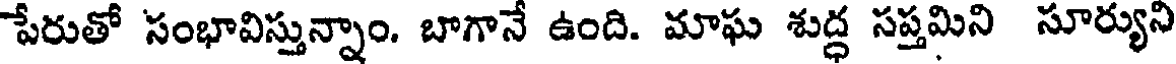
పేరుతో సంభావిస్తున్నాం. బాగానే ఉంది. మాఘ శుద్ధ సప్తమిని సూర్యుని